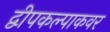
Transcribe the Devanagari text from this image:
द्वीपकल्पाकवर